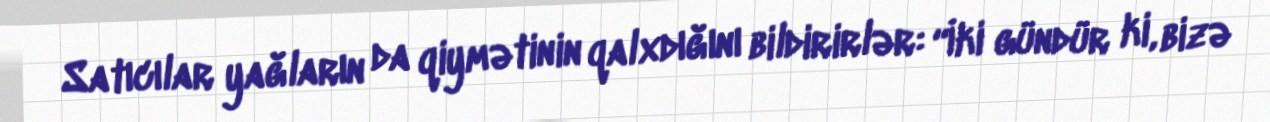
Satıcılar yağların da qiymətinin qalxdığını bildirirlər: “İki gündür ki, bizə